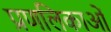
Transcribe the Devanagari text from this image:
प्रणलिकाओं